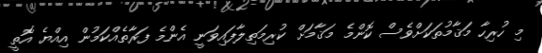
މި ހުރިހާ މަޤާމުތަކަށްވެސް ކޮންމެ މަޤާމަށް ކުރިމަތިލާފައިވަނީ އެންމެ ފަރާތެއްކަމުން އިއްޔެ އޮތީ